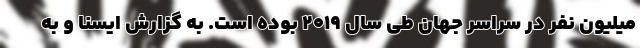
میلیون نفر در سراسر جهان طی سال ۲۰۱۹ بوده است. به گزارش ایسنا و به